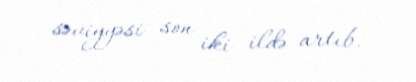
səviyyəsi son iki ildə artıb.